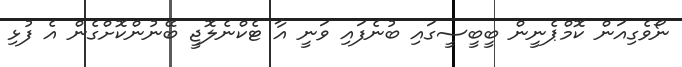
ނޯވެގިއަން ކޮމްޕެނީން ބީބީސީގައި ބުނެފައި ވަނީ އާ ޓެކްނެލޮޖީ ބޭނުންކޮށްގެން އެ ފުޅި